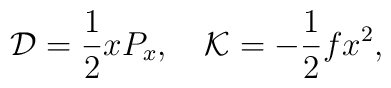
{\cal D} = {1 \over 2} x P_x, \quad {\cal K} = -{1 \over 2} f x^2,